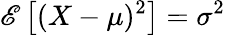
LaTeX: \mathscr{E}\left[(X-\mu)^{2}\right]=\sigma^{2}